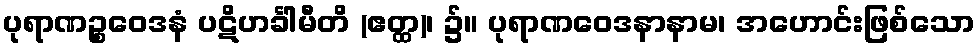
ပုရာဏဉ္စဝေဒနံ ပဋိဟင်္ခါမီတိ (ဧတ္ထ)၊ ၌။ ပုရာဏဝေဒနာနာမ၊ အဟောင်းဖြစ်သော